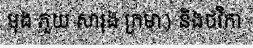
មុង ភួយ សារុង ក្រមា) និងថវិកា